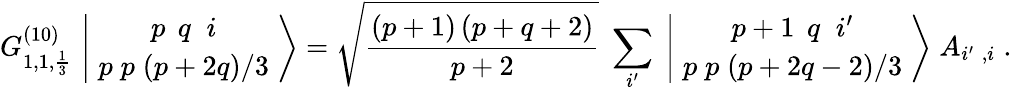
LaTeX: G_{1,1,{\frac{1}{3}}}^{(10)}\, \left|\, {p\; \, q\; \; i\atop p\; p\; (p+2q)/3}\, \right\rangle=\sqrt{\frac{(p+1)\, (p+q+2)}{p+2}}\; \sum_{i^{\prime}}\; \left|\, {p+1\; \, q\; \; i^{\prime}\atop p\; p\; (p+2q-2)/3}\, \right\rangle\; A_{i^{\prime}\; ,i}\; .